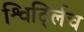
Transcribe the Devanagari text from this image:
श्विर्ट्लिच